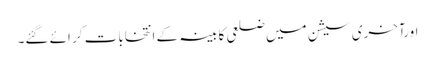
اورآخری سیشن میں ضلعی کابینہ کے انتخابات کر ائے گئے۔